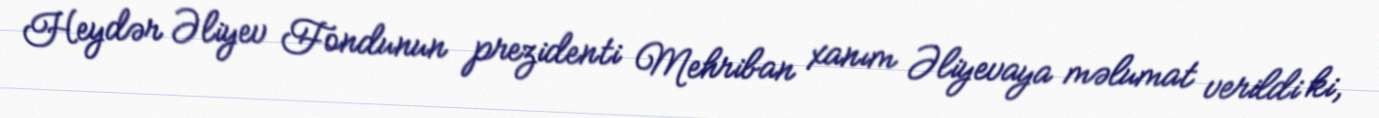
Heydər Əliyev Fondunun prezidenti Mehriban xanım Əliyevaya məlumat verildi ki,